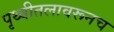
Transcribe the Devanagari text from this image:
पृथ्वीतलावरूनच